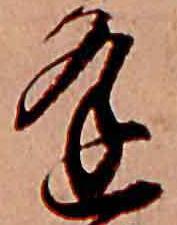
逢